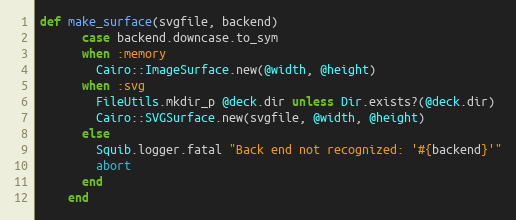
Language: Ruby
def make_surface(svgfile, backend)
      case backend.downcase.to_sym
      when :memory
        Cairo::ImageSurface.new(@width, @height)
      when :svg
        FileUtils.mkdir_p @deck.dir unless Dir.exists?(@deck.dir)
        Cairo::SVGSurface.new(svgfile, @width, @height)
      else
        Squib.logger.fatal "Back end not recognized: '#{backend}'"
        abort
      end
    end